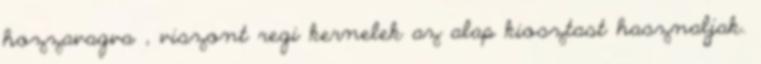
hozzavagva , viszont regi kernelek az alap kiosztast hasznaljak.